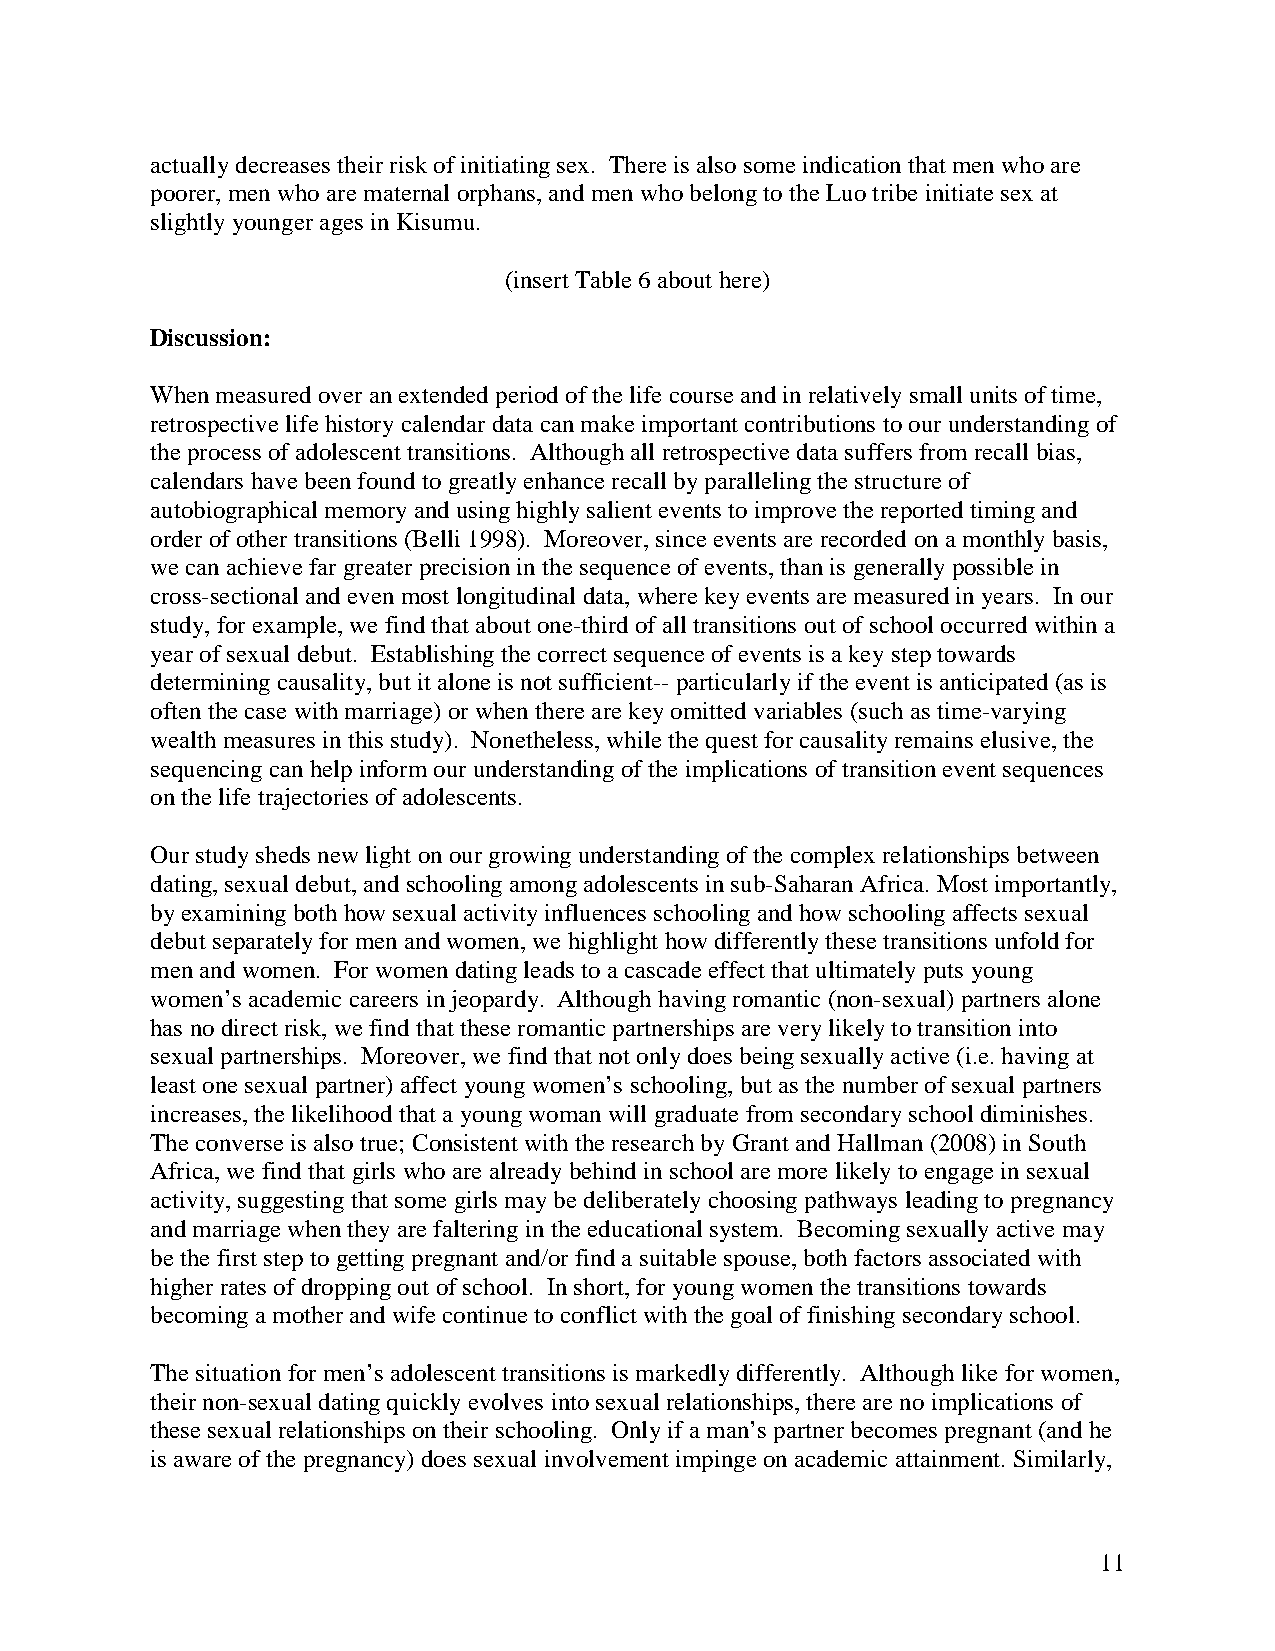
actually decreases their risk of initiating sex. There is also some indication that men who are
 poorer, men who are maternal orphans, and men who belong to the Luo tribe initiate sex at
 slightly younger ages in Kisumu.
 (insert Table 6 about here)
 Discussion:
 When measured over an extended period of the life course and in relatively small units of time,
 retrospective life history calendar data can make important contributions to our understanding of
 the process of adolescent transitions. Although all retrospective data suffers from recall bias,
 calendars have been found to greatly enhance recall by paralleling the structure of
 autobiographical memory and using highly salient events to improve the reported timing and
 order of other transitions (Belli 1998). Moreover, since events are recorded on a monthly basis,
 we can achieve far greater precision in the sequence of events, than is generally possible in
 cross-sectional and even most longitudinal data, where key events are measured in years. In our
 study, for example, we find that about one-third of all transitions out of school occurred within a
 year of sexual debut. Establishing the correct sequence of events is a key step towards
 determining causality, but it alone is not sufficient-- particularly if the event is anticipated (as is
 often the case with marriage) or when there are key omitted variables (such as time-varying
 wealth measures in this study). Nonetheless, while the quest for causality remains elusive, the
 sequencing can help inform our understanding of the implications of transition event sequences
 on the life trajectories of adolescents.
 Our study sheds new light on our growing understanding of the complex relationships between
 dating, sexual debut, and schooling among adolescents in sub-Saharan Africa. Most importantly,
 by examining both how sexual activity influences schooling and how schooling affects sexual
 debut separately for men and women, we highlight how differently these transitions unfold for
 men and women. For women dating leads to a cascade effect that ultimately puts young
 women’s academic careers in jeopardy. Although having romantic (non-sexual) partners alone
 has no direct risk, we find that these romantic partnerships are very likely to transition into
 sexual partnerships. Moreover, we find that not only does being sexually active (i.e. having at
 least one sexual partner) affect young women’s schooling, but as the number of sexual partners
 increases, the likelihood that a young woman will graduate from secondary school diminishes.
 The converse is also true; Consistent with the research by Grant and Hallman (2008) in South
 Africa, we find that girls who are already behind in school are more likely to engage in sexual
 activity, suggesting that some girls may be deliberately choosing pathways leading to pregnancy
 and marriage when they are faltering in the educational system. Becoming sexually active may
 be the first step to getting pregnant and/or find a suitable spouse, both factors associated with
 higher rates of dropping out of school. In short, for young women the transitions towards
 becoming a mother and wife continue to conflict with the goal of finishing secondary school.
 The situation for men’s adolescent transitions is markedly differently. Although like for women,
 their non-sexual dating quickly evolves into sexual relationships, there are no implications of
 these sexual relationships on their schooling. Only if a man’s partner becomes pregnant (and he
 is aware of the pregnancy) does sexual involvement impinge on academic attainment. Similarly,
 11